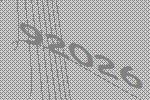
92026